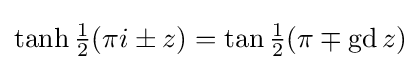
\tanh {\tfrac {1}{2}}({\pi i}\pm z)=\tan {\tfrac {1}{2}}({\pi }\mp \operatorname {gd} z)